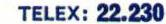
TELEX: 22.230